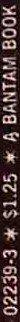
02239-3 * s1.25 * A BANTAM BOOK